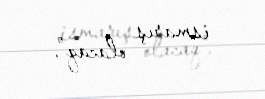
ismarış olacaq”.